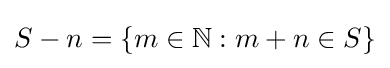
S-n=\{m\in \mathbb {N} :m+n\in S\}